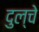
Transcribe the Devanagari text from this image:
दुल्चे